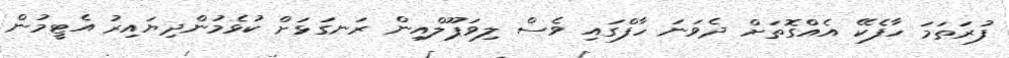
ފުރަތަމަ ހާފެކޭ އެއްގޮތަށް ދެވަނަ ހާފްގައި ވެސް ލިވަޕޫލްއިން ރަނގަޅަށް ކުޅެމުންދިޔައިރު އެޓީމުން